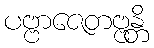
ပဗ္ဗာဇေတဗ္ဗန္တိ